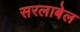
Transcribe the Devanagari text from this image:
सरलाबेल